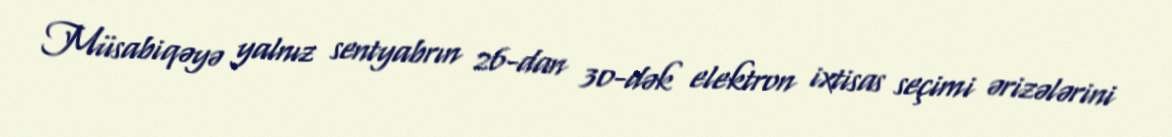
Müsabiqəyə yalnız sentyabrın 26-dan 30-dək elektron ixtisas seçimi ərizələrini